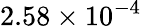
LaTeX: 2.58\times 10^{-4}